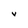
Character: v